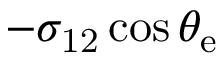
- \sigma _ { \mathrm { { 1 2 } } } \cos \theta _ { \mathrm { { e } } }